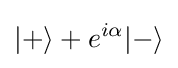
|+\rangle +e^{i\alpha }|-\rangle